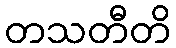
တသတီတိ